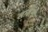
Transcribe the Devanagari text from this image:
खाद्यांशों